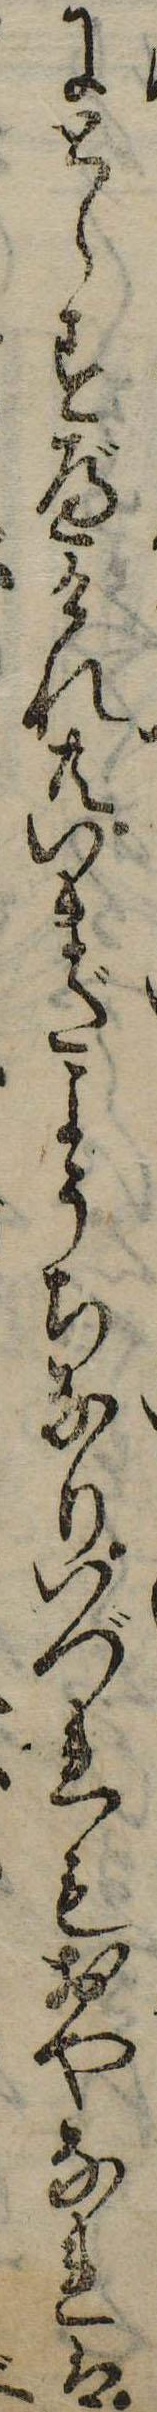
にとらすべけれ共いまだようちなりいづれもおやなれは